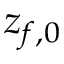
z _ { f , 0 }